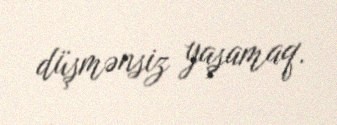
düşmənsiz yaşamaq.